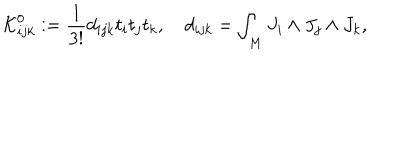
{ \cal K } _ { i j k } ^ { 0 } : = \frac { 1 } { 3 ! } d _ { i j k } t _ { i } t _ { j } t _ { k } , \quad d _ { i j k } = \int _ { M } J _ { i } \wedge J _ { j } \wedge J _ { k } ,